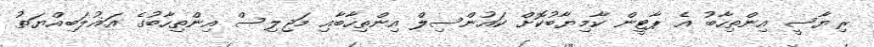
ރިޔާސީ އިންތިހާބު އެ ޕާޓީން ކާމިޔާބުކޮށް ކައުންސިލް އިންތިހާބާއި މަޖިލިސް އިންތިހާބުގެ އަޣުލަބިއްޔަތު